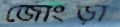
জোংড়া